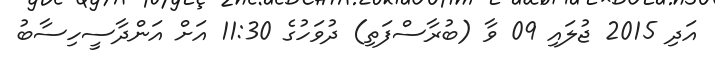
އަދި 2015 ޖުލައި 09 ވާ (ބުރާސްފަތި) ދުވަހުގެ 11:30 އަށް އަންދާސީހިސާބު